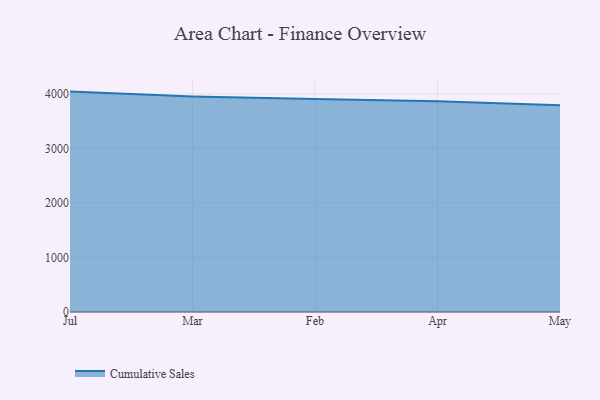
{"axis": {"x": "Month", "y": "Budget (USD K)"}, "legend": ["Cumulative Sales"], "data": [{"x": "Jul", "y": 4043.5, "type": "Cumulative Sales"}, {"x": "Mar", "y": 3953.2, "type": "Cumulative Sales"}, {"x": "Feb", "y": 3907.8, "type": "Cumulative Sales"}, {"x": "Apr", "y": 3864.2, "type": "Cumulative Sales"}, {"x": "May", "y": 3791.0, "type": "Cumulative Sales"}]}